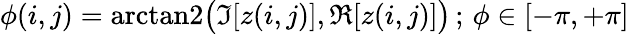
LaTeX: \phi(i,j)=\mathrm{arctan2}\bigl(\Im[z(i,j)],\Re[z(i,j)]\bigr)\, ;\, \phi\in[-\pi,+\pi]